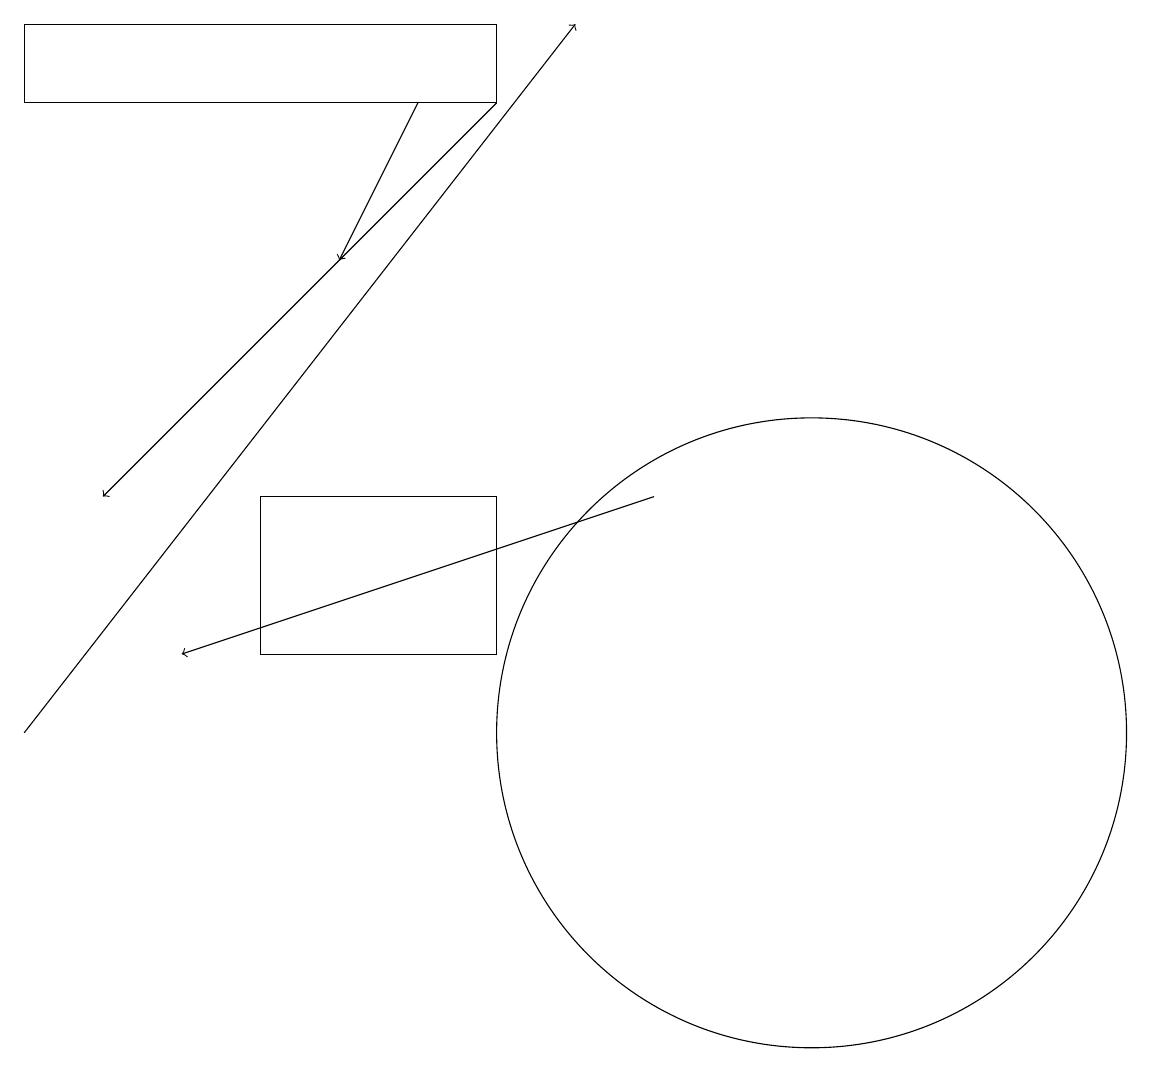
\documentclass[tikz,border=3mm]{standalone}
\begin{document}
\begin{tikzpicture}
\draw[->] (6,18) -- (1,13);
\draw (6,13) rectangle (3,11);
\draw[->] (5,18) -- (4,16);
\draw (10,10) circle (4);
\draw (6,18) rectangle (0,19);
\draw[->] (0,10) -- (7,19);
\draw[->] (8,13) -- (2,11);
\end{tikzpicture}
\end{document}